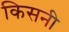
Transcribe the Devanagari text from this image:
किसनी